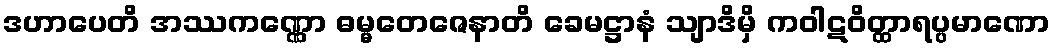
ဒဟာပေတိ အဿကဏ္ဏော ဓမ္မတေဇေနာတိ ခေမဋ္ဌာနံ သျာဒိမှိ ကဝါဋဝိတ္ထာရပ္ပမာဏော